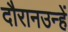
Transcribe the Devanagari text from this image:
दौरानउन्हें